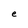
Character: e